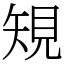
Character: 䂓